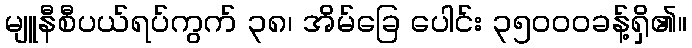
မျူနီစီပယ်ရပ်ကွက် ၃၈၊ အိမ်ခြေ ပေါင်း ၃၅၀၀၀ခန့်ရှိ၏။